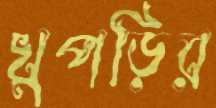
খুপড়ির